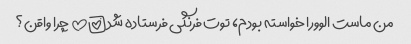
من ماست الوورا خواسته بودم، توت فرنگی فرستاده شد!!!!!!!!!!! چرا واقن؟